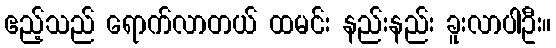
ဧည့်သည် ရောက်လာတယ် ထမင်း နည်းနည်း ခူးလာပါဦး။